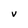
Character: v